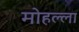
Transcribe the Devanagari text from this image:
मोहल्‍ला